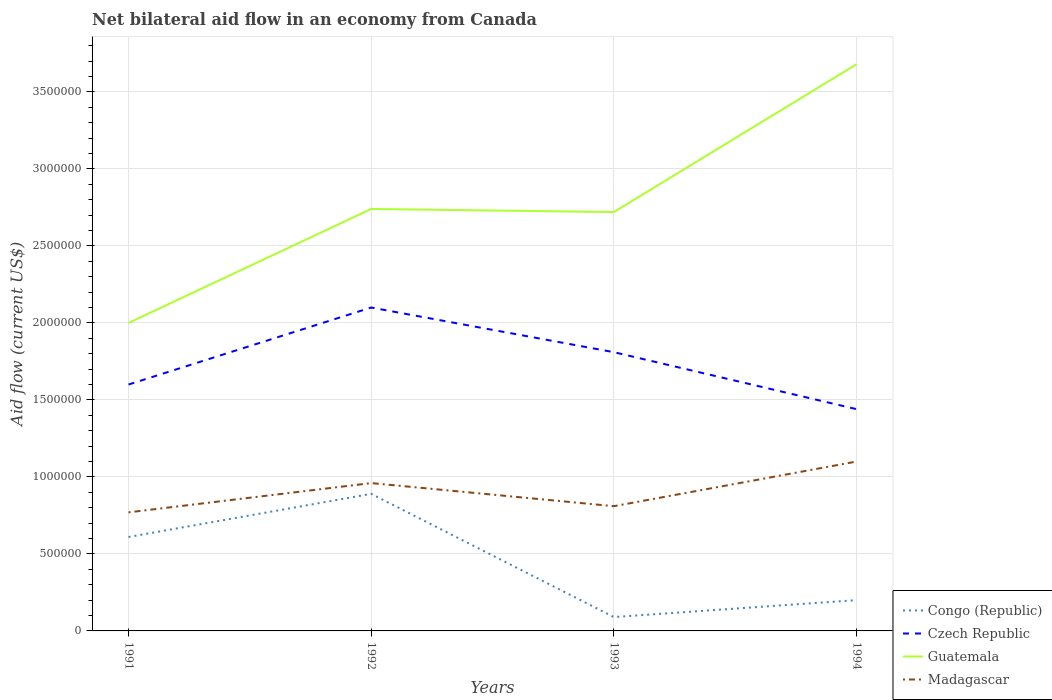
| Years | Congo (Republic) | Czech Republic | Guatemala | Madagascar |
 | --- | --- | --- | --- | --- |
 | 1991 | 6.1e+05 | 1.6e+06 | 2e+06 | 7.7e+05 |
 | 1992 | 8.9e+05 | 2.1e+06 | 2.74e+06 | 9.6e+05 |
 | 1993 | 9e+04 | 1.81e+06 | 2.72e+06 | 8.1e+05 |
 | 1994 | 2e+05 | 1.44e+06 | 3.68e+06 | 1.1e+06 |